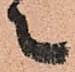
々